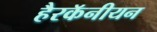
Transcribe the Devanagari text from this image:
हैरकॅनीयन